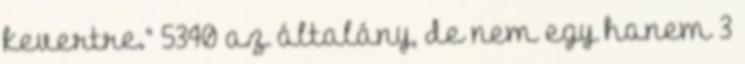
kevertre.” 5340 az általány, de nem egy hanem 3